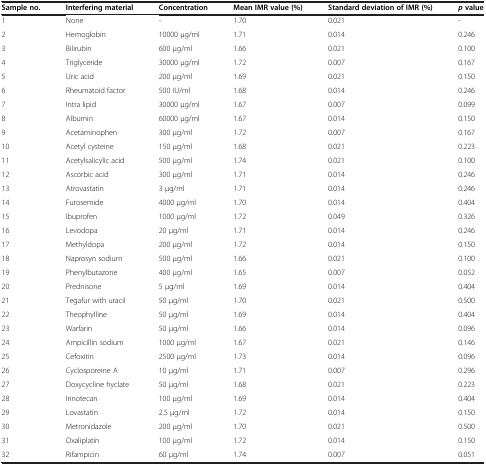
<table><thead><tr><td><b>Sample no.</b></td><td><b>Interfering material</b></td><td><b>Concentration</b></td><td><b>Mean IMR value(%)</b></td><td><b>Standard deviation of IMR(%)</b></td><td><b><i>p</i>value</b></td></tr></thead><tbody><tr><td>1</td><td>None</td><td>-</td><td>1.70</td><td>0.021</td><td>-</td></tr><tr><td>2</td><td>Hemoglobin</td><td>10000 μg/ml</td><td>1.71</td><td>0.014</td><td>0.246</td></tr><tr><td>3</td><td>Bilirubin</td><td>600 μg/ml</td><td>1.66</td><td>0.021</td><td>0.100</td></tr><tr><td>4</td><td>Triglyceride</td><td>30000 μg/ml</td><td>1.72</td><td>0.007</td><td>0.167</td></tr><tr><td>5</td><td>Uric acid</td><td>200 μg/ml</td><td>1.69</td><td>0.021</td><td>0.150</td></tr><tr><td>6</td><td>Rheumatoid factor</td><td>500 IU/ml</td><td>1.68</td><td>0.014</td><td>0.246</td></tr><tr><td>7</td><td>Intra lipid</td><td>30000 μg/ml</td><td>1.67</td><td>0.007</td><td>0.099</td></tr><tr><td>8</td><td>Albumin</td><td>60000 μg/ml</td><td>1.67</td><td>0.014</td><td>0.150</td></tr><tr><td>9</td><td>Acetaminophen</td><td>300 μg/ml</td><td>1.72</td><td>0.007</td><td>0.167</td></tr><tr><td>10</td><td>Acetyl cysteine</td><td>150 μg/ml</td><td>1.68</td><td>0.021</td><td>0.223</td></tr><tr><td>11</td><td>Acetylsalicylic acid</td><td>500 μg/ml</td><td>1.74</td><td>0.021</td><td>0.100</td></tr><tr><td>12</td><td>Ascorbic acid</td><td>300 μg/ml</td><td>1.71</td><td>0.014</td><td>0.246</td></tr><tr><td>13</td><td>Atrovastatin</td><td>3 μg/ml</td><td>1.71</td><td>0.014</td><td>0.246</td></tr><tr><td>14</td><td>Furosemide</td><td>4000 μg/ml</td><td>1.70</td><td>0.014</td><td>0.404</td></tr><tr><td>15</td><td>Ibuprofen</td><td>1000 μg/ml</td><td>1.72</td><td>0.049</td><td>0.326</td></tr><tr><td>16</td><td>Levodopa</td><td>20 μg/ml</td><td>1.71</td><td>0.014</td><td>0.246</td></tr><tr><td>17</td><td>Methyldopa</td><td>200 μg/ml</td><td>1.72</td><td>0.014</td><td>0.150</td></tr><tr><td>18</td><td>Naprosyn sodium</td><td>500 μg/ml</td><td>1.66</td><td>0.021</td><td>0.100</td></tr><tr><td>19</td><td>Phenylbutazone</td><td>400 μg/ml</td><td>1.65</td><td>0.007</td><td>0.052</td></tr><tr><td>20</td><td>Prednisone</td><td>5 μg/ml</td><td>1.69</td><td>0.014</td><td>0.404</td></tr><tr><td>21</td><td>Tegafur with uracil</td><td>50 μg/ml</td><td>1.70</td><td>0.021</td><td>0.500</td></tr><tr><td>22</td><td>Theophylline</td><td>50 μg/ml</td><td>1.69</td><td>0.014</td><td>0.404</td></tr><tr><td>23</td><td>Warfarin</td><td>50 μg/ml</td><td>1.66</td><td>0.014</td><td>0.096</td></tr><tr><td>24</td><td>Ampicillin sodium</td><td>1000 μg/ml</td><td>1.67</td><td>0.021</td><td>0.146</td></tr><tr><td>25</td><td>Cefoxitin</td><td>2500 μg/ml</td><td>1.73</td><td>0.014</td><td>0.096</td></tr><tr><td>26</td><td>Cyclosporeine A</td><td>10 μg/ml</td><td>1.71</td><td>0.007</td><td>0.296</td></tr><tr><td>27</td><td>Doxycycline hyclate</td><td>50 μg/ml</td><td>1.68</td><td>0.021</td><td>0.223</td></tr><tr><td>28</td><td>Irinotecan</td><td>100 μg/ml</td><td>1.69</td><td>0.014</td><td>0.404</td></tr><tr><td>29</td><td>Lovastatin</td><td>2.5 μg/ml</td><td>1.72</td><td>0.014</td><td>0.150</td></tr><tr><td>30</td><td>Metronidazole</td><td>200 μg/ml</td><td>1.70</td><td>0.021</td><td>0.500</td></tr><tr><td>31</td><td>Oxaliplatin</td><td>100 μg/ml</td><td>1.72</td><td>0.014</td><td>0.150</td></tr><tr><td>32</td><td>Rifampicin</td><td>60 μg/ml</td><td>1.74</td><td>0.007</td><td>0.051</td></tr></tbody></table>